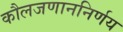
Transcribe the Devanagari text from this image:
कौलजणाननिर्णय